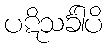
ပဋိသင်္ခါပိ